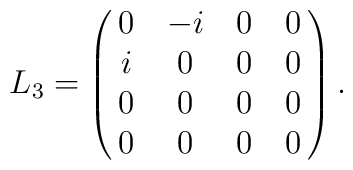
L_{3} = \pmatrix{0&-i&0&0 \cr i&0&0&0 \cr 0&0&0&0 \cr 0&0&0&0} .